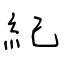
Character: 紀